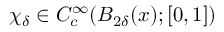
\chi _ { \delta } \in C _ { c } ^ { \infty } ( B _ { 2 \delta } ( x ) ; [ 0 , 1 ] )